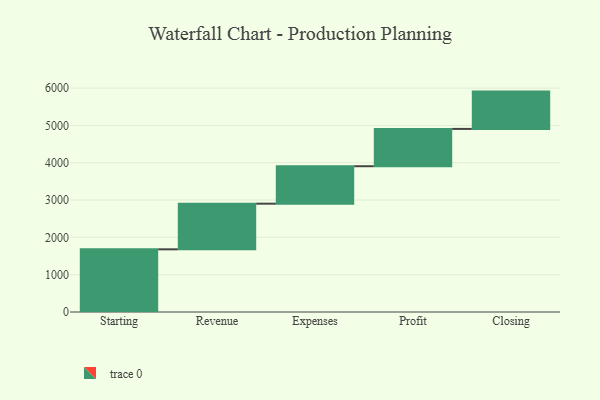
{"axis": {"x": "Step", "y": "Value"}, "legend": [""], "data": [{"x": "Starting", "y": 1680.0, "type": ""}, {"x": "Revenue", "y": 1223.0, "type": ""}, {"x": "Expenses", "y": 1004.0, "type": ""}, {"x": "Profit", "y": 1000, "type": ""}, {"x": "Closing", "y": 1000, "type": ""}]}